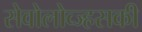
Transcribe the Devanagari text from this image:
सेवोलोव्ज्हसकी